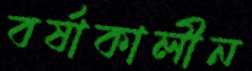
বর্ষাকালীন